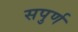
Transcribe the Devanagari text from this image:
सपुर्ण